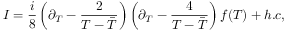
{ \cal I } = \frac { i } { 8 } \left( \partial _ { T } - \frac { 2 } { T - { \bar { T } } } \right) \left( \partial _ { T } - \frac { 4 } { T - { \bar { T } } } \right) f ( T ) + h . c ,